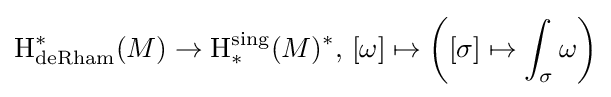
\operatorname {H} _{\mathrm {deRham} }^{*}(M)\to \operatorname {H} _{*}^{\mathrm {sing} }(M)^{*},\,[\omega ]\mapsto \left([\sigma ]\mapsto \int _{\sigma }\omega \right)